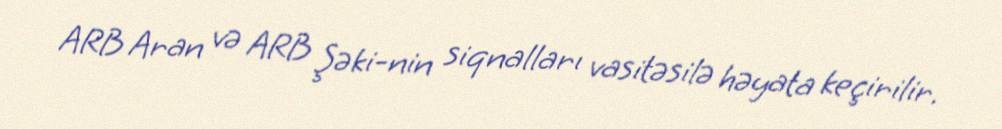
ARB Aran və ARB Şəki-nin siqnalları vasitəsilə həyata keçirilir.